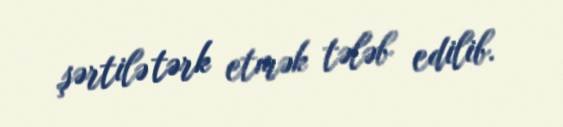
şərtilə tərk etmək tələb edilib.